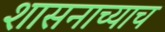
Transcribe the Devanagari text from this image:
शासनाच्याच